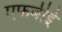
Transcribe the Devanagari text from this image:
एफबीई